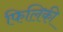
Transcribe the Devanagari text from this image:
फिलिकी